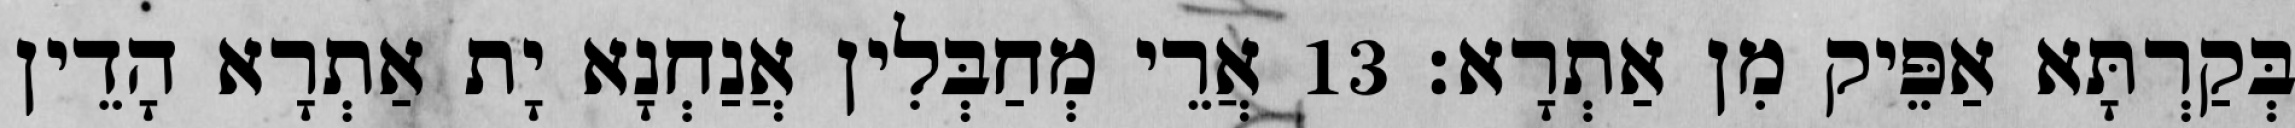
בְּקַרְתָּא אַפֵּיק מִן אַתְרָא׃ 13 אֲרֵי מְחַבְּלִין אֲנַחְנָא יָת אַתְרָא הָדֵין